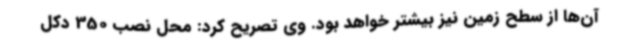
آن‌ها از سطح زمین نیز بیشتر خواهد بود. وی تصریح کرد: محل نصب 350 دکل